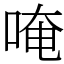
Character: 唵